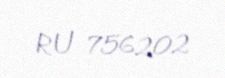
RU 756202